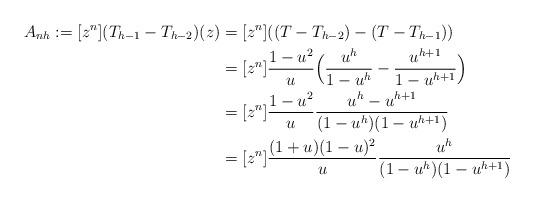
LaTeX: \begin{align*} A_{nh}:=[z^n](T_{h-1}-T_{h-2})(z)&=[z^n]((T-T_{h-2})-(T-T_{h-1}))\\ &=[z^n]\frac{1-u^2}{u}\Bigl(\frac{u^{h}}{1-u^h}-\frac{u^{h+1}}{1-u^{h+1}}\Bigr)\\ &=[z^n]\frac{1-u^2}{u}\frac{u^h-u^{h+1}}{(1-u^h)(1-u^{h+1})}\\ &=[z^n]\frac{(1+u)(1-u)^2}{u}\frac{u^h}{(1-u^h)(1-u^{h+1})} \end{align*}